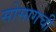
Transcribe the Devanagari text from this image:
सोसागची